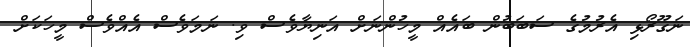
ނަގޫރޯޅި އެރުމުގެ ސަބަބުން ބައެއް މީހުންނަށް އަނިޔާވެސް ވި. ނަމަވެސް އެއްވެސް މީހަކަށް